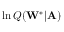
\ln Q ( \mathbf { W } ^ { * } | \mathbf { A } )